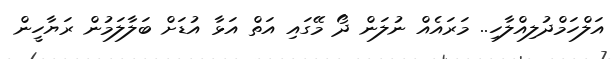
އަލްހަމްދުލިއްލާހި.. މަރައެއް ނުލަން ދޯ މޭގައި އަތް އަޅާ އުޑަށް ބަލާލަމުން ރަޔާހީން